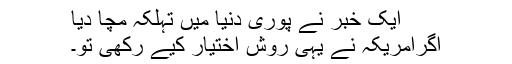
ایک خبر نے پوری دنیا میں تہلکہ مچا دیا
اگرامریکہ نے یہی روش اختیار کیے رکھی تو۔